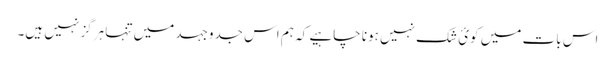
اس بات میں کوئ شک نہیں ہونا چاہیے کہ ہم اس جدوجہد میں تنہا ہرگز نہیں ہیں۔